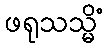
ဖရုသသ္မိံ